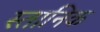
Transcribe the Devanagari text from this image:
स्तानिक